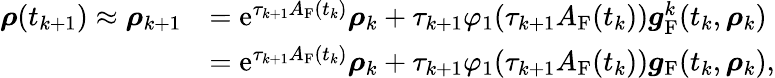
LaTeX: \begin{array}{rl}{\boldsymbol\rho(t_{k+1})\approx\boldsymbol\rho_{k+1}}&{=\mathrm{e}^{\tau_{k+1}A_{\mathrm{F}}(t_{k})}\boldsymbol\rho_{k}+\tau_{k+1}\varphi_{1}(\tau_{k+1}A_{\mathrm{F}}(t_{k}))\boldsymbol g_{\mathrm{F}}^{k}(t_{k},\boldsymbol\rho_{k})}\\ &{=\mathrm{e}^{\tau_{k+1}A_{\mathrm{F}}(t_{k})}\boldsymbol\rho_{k}+\tau_{k+1}\varphi_{1}(\tau_{k+1}A_{\mathrm{F}}(t_{k}))\boldsymbol g_{\mathrm{F}}(t_{k},\boldsymbol\rho_{k}),}\end{array}